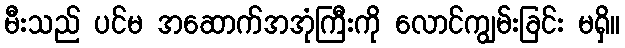
မီးသည် ပင်မ အဆောက်အအုံကြီးကို လောင်ကျွမ်းခြင်း မရှိ။